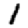
Digit: 1